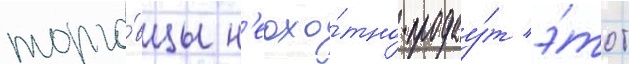
торго́вцы н'еохо́тно продау́т э́тот